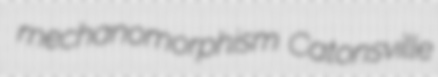
mechanomorphism Catonsville